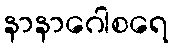
နာနာဂေါစရေ